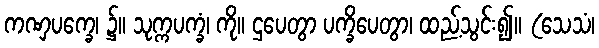
ကဏှပက္ခေ၊ ၌။ သုက္ကပက္ခံ၊ ကို။ ဌပေတွာ ပက္ခိပေတွာ၊ ထည့်သွင်း၍။ (သေသံ၊